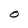
Character: O